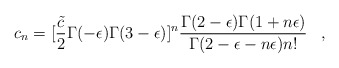
\begin{align*}c_n=[{\tilde c\over2}\Gamma(-\epsilon)\Gamma(3-\epsilon)]^n\frac{\Gamma(2-\epsilon)\Gamma(1+n\epsilon)}{\Gamma(2-\epsilon-n\epsilon)n!}\;\;\;,\end{align*}